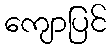
ကျောပြင်